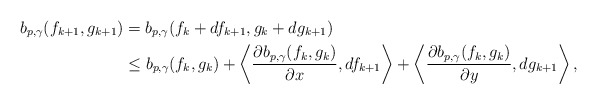
\begin{align*} b_{p,\gamma}(f_{k+1},g_{k+1})&= b_{p,\gamma}(f_k+df_{k+1},g_k+dg_{k+1})\\ &\leq b_{p,\gamma}(f_k,g_k)+ \left\langle \frac{\partial b_{p,\gamma}(f_k,g_k)}{\partial x},df_{k+1}\right\rangle+ \left\langle \frac{\partial b_{p,\gamma}(f_k,g_k)}{\partial y},dg_{k+1}\right\rangle,\end{align*}